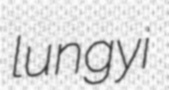
lungyi